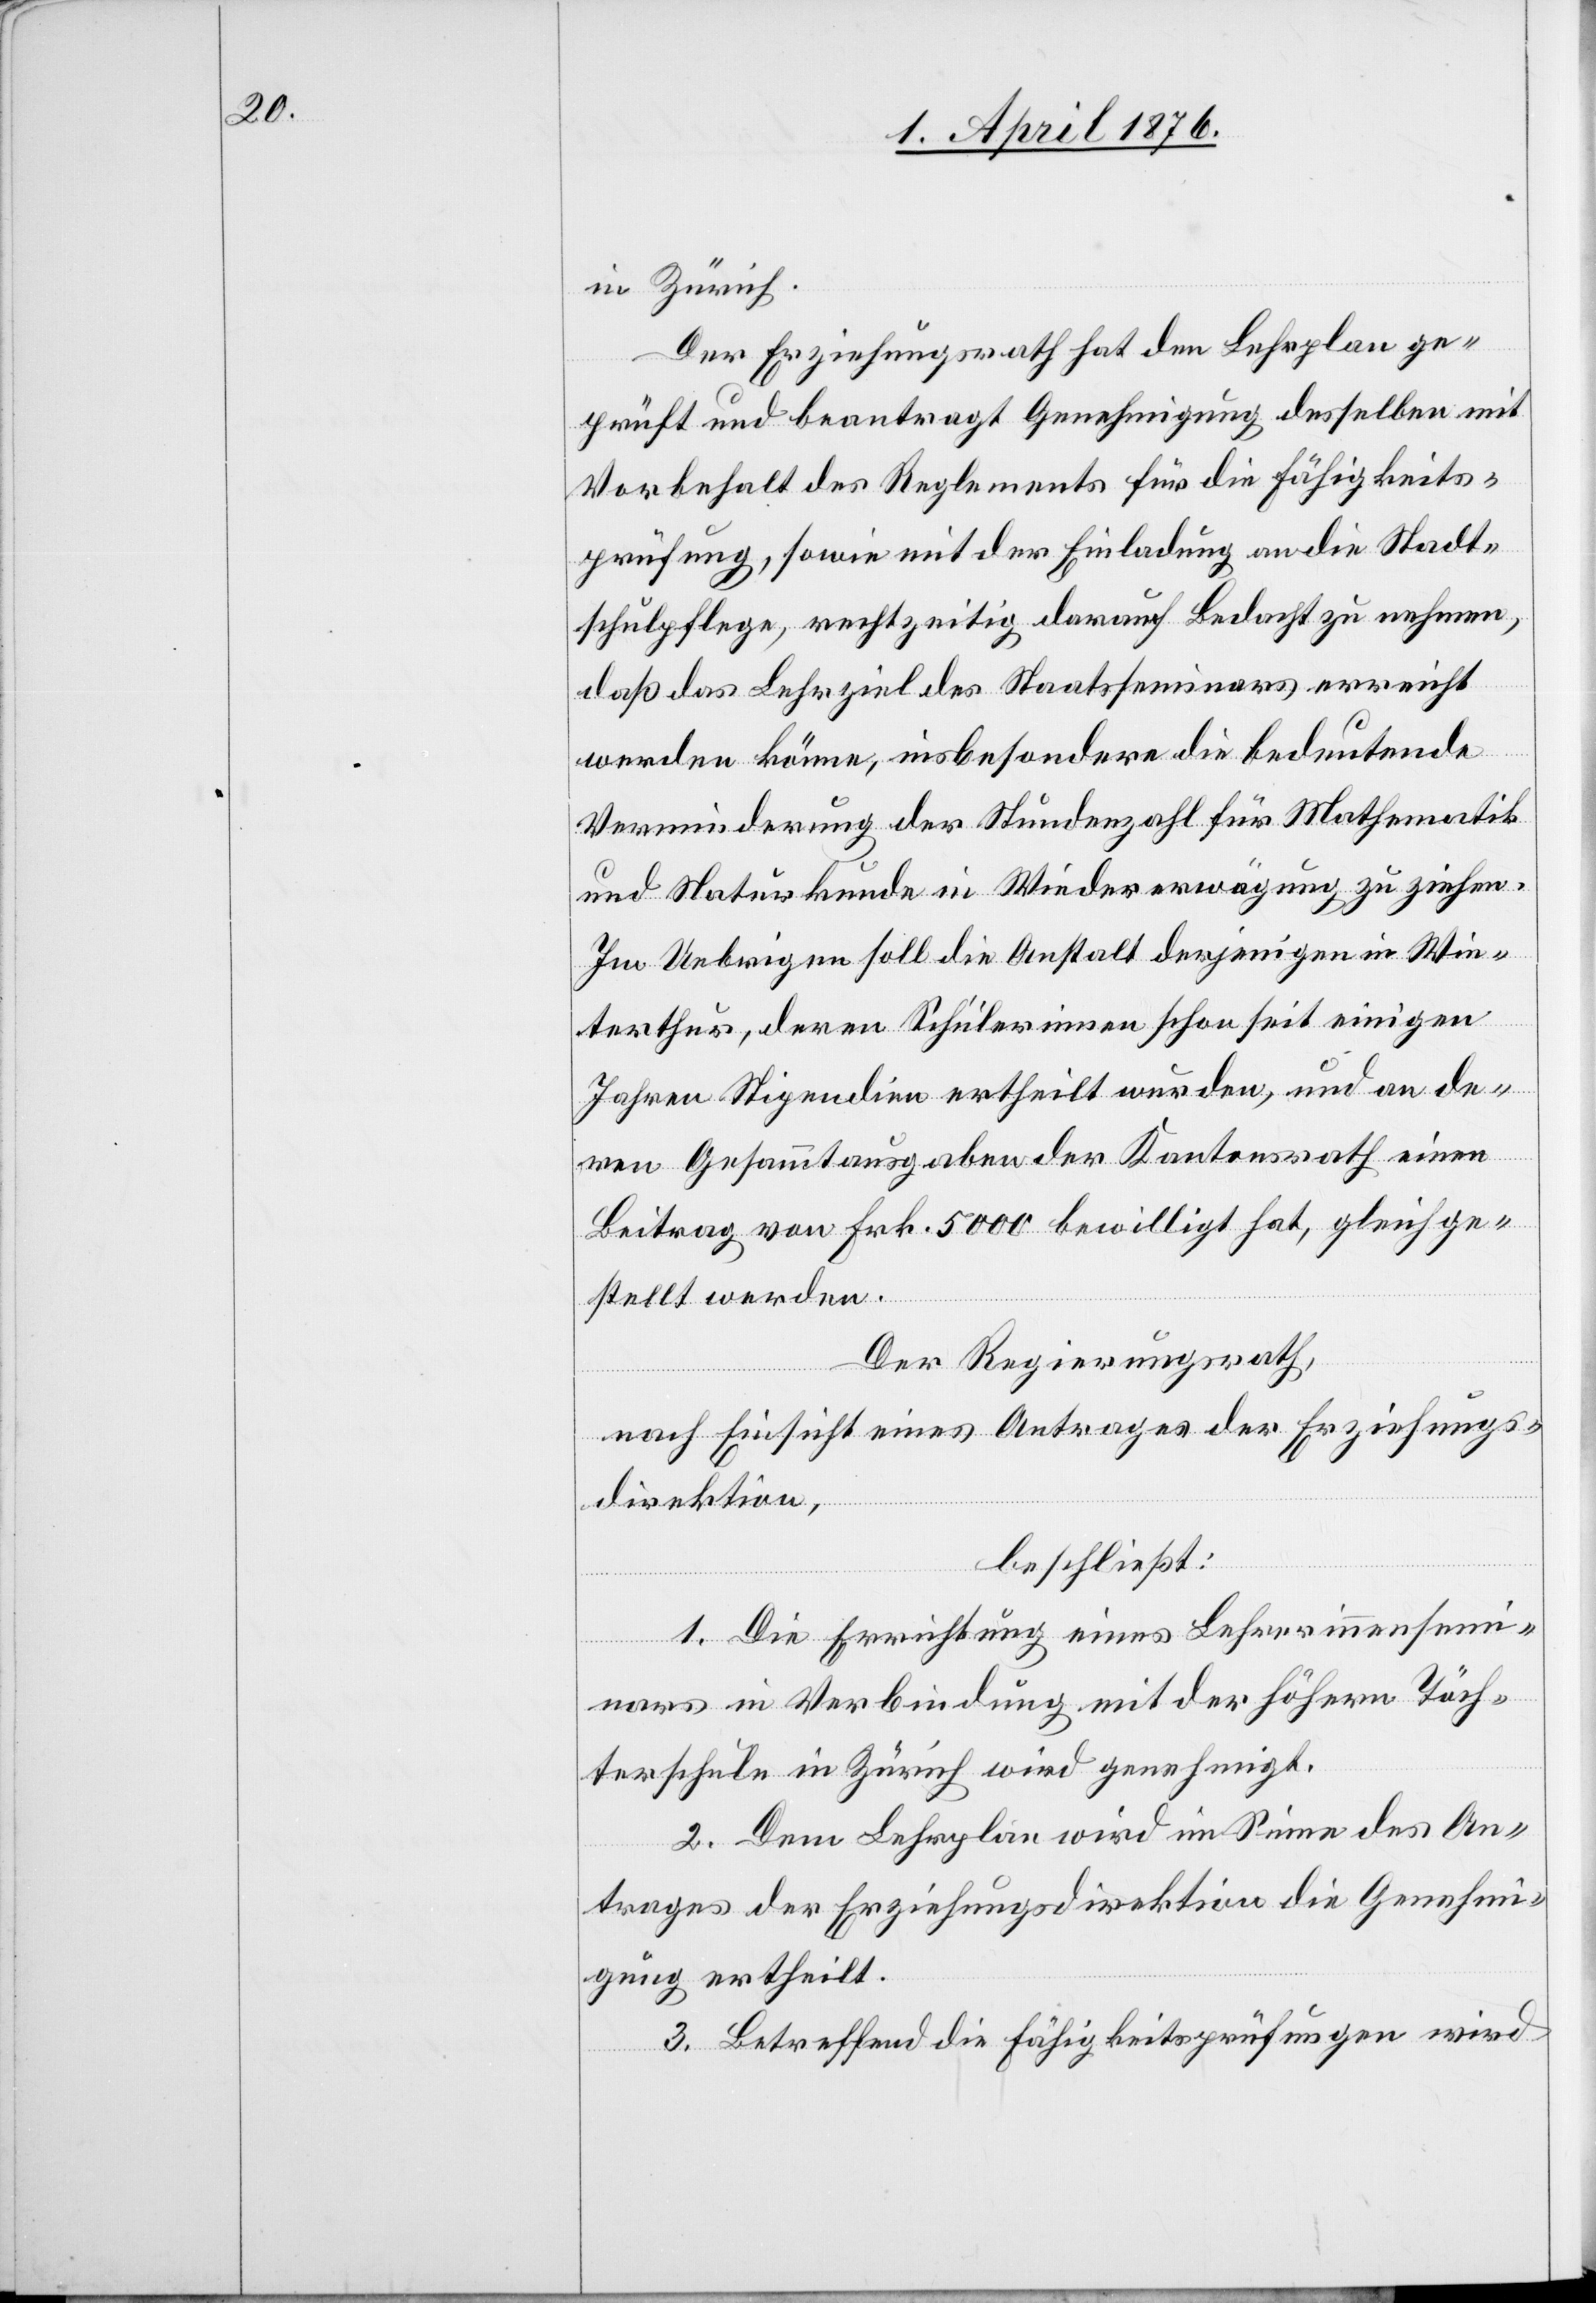
in Zürich.
Der Erziehungsrath hat den Lehrplan ge¬
prüft und beantragt Genehmigung desselben mit
Vorbehalt des Reglements für die Fähigkeits¬
prüfung, sowie mit der Einladung an die Stadt¬
schulpflege, rechtzeitig darauf Bedacht zu nehmen,
daß das Lehrziel des Staatsseminars erreicht
werden könne, insbesondere die bedeutende
Verminderung der Stundenzahl für Mathematik
und Naturkunde in Wiedererwägung zu ziehen.
Im Uebrigen soll die Anstalt derjenigen in Win¬
terthur, deren Schülerinnen schon seit einigen
Jahren Stipendien ertheilt wurden, und an de¬
ren Gesammtausgaben der Kantonsrath einen
Beitrag von Frk. 5000 bewilligt hat, gleichge¬
stellt werden.
Der Regierungsrath,
nach Einsicht eines Antrages der Erziehungs¬
direktion,
beschließt:
1. Die Errichtung eines Lehrerinnensemi¬
nars in Verbindung mit der höhern Töch¬
terschule in Zürich wird genehmigt.
2. Dem Lehrplan wird im Sinne des An¬
trages der Erziehungsdirektion die Genehmi¬
gung ertheilt.
3. Betreffend die Fähigkeitsprüfungen wird